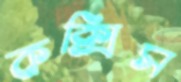
কক্সিস